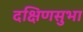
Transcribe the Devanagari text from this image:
दक्षिणसुभा